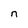
Character: n